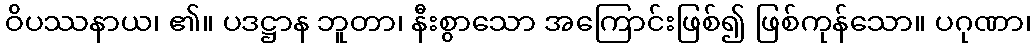
ဝိပဿနာယ၊ ၏။ ပဒဋ္ဌာန ဘူတာ၊ နီးစွာသော အကြောင်းဖြစ်၍ ဖြစ်ကုန်သော။ ပဂုဏာ၊